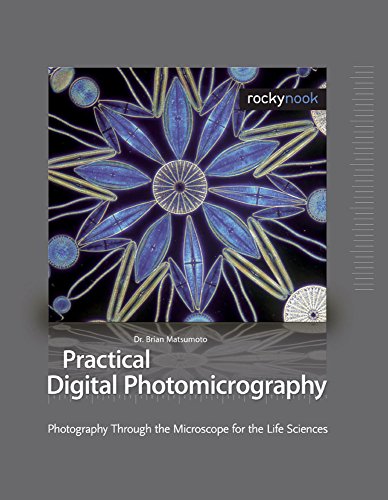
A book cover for Practical Digital Photomicrography: Photography Through the Microscope for the Life Sciences; Brian Matsumoto Ph. D; Science & Math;